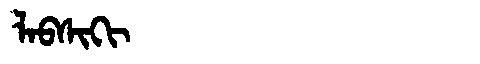
Manchu: ᠯᠠᠪᠰᡳᡴᡳ
Romanization: LABSIKI